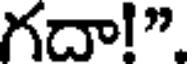
గదా!"